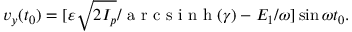
v _ { y } ( t _ { 0 } ) = [ \varepsilon \sqrt { 2 I _ { p } } / \mathrm { ~ a ~ r ~ c ~ s ~ i ~ n ~ h ~ } ( \gamma ) - E _ { 1 } / \omega ] \sin \omega t _ { 0 } .